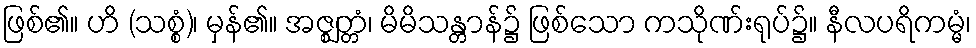
ဖြစ်၏။ ဟိ (သစ္စံ)၊ မှန်၏။ အဇ္ဈတ္တံ၊ မိမိသန္တာန်၌ ဖြစ်သော ကသိုဏ်းရုပ်၌။ နီလပရိကမ္မံ၊